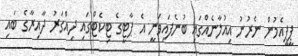
ޕީޕީއެމުން ނެރުނު އިއުލާނެއްގައި ބުނެފައިވަނީ އެ ޕާޓީގެ ޓިކެޓްގައި ދިއްގަރު ދާއިރާގެ ބައި